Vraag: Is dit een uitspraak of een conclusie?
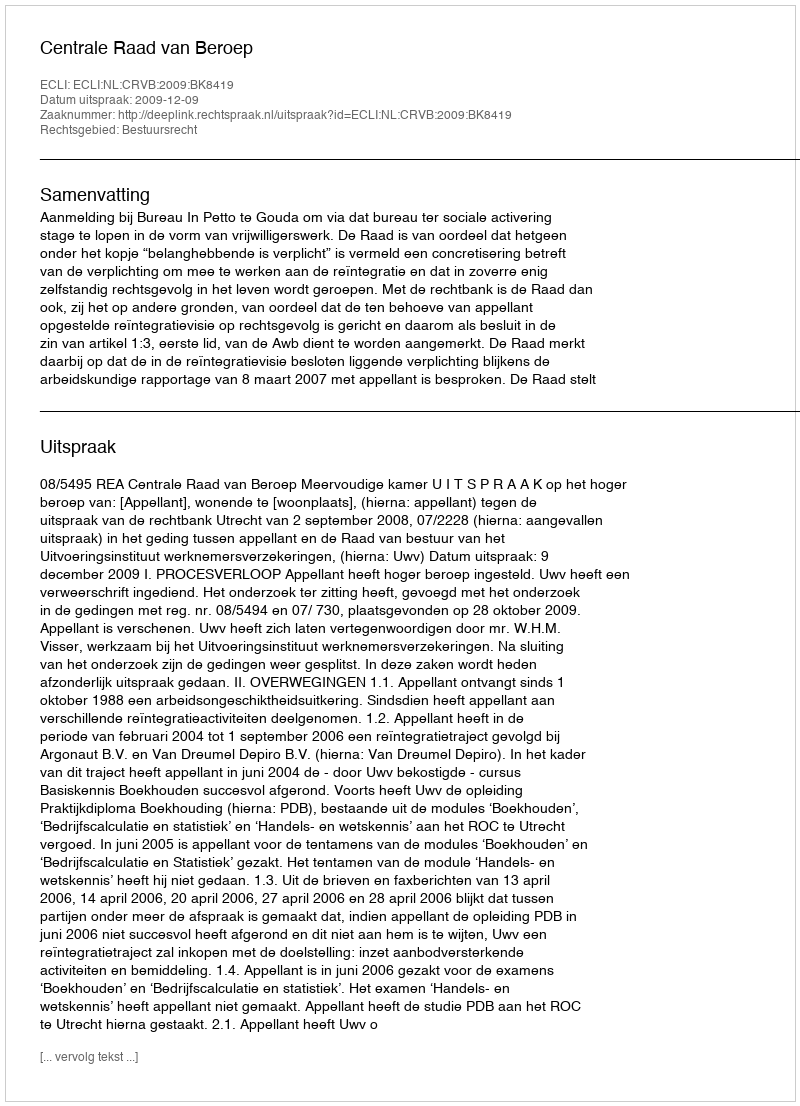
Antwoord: Uitspraak